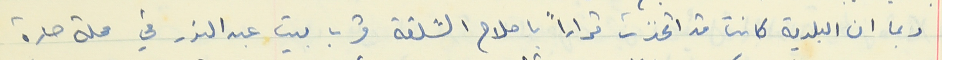
وبما ان البلدية كانت قد اتخذت قراراً باصلاح الشلقة قرب بيت عبد النور في محلة حارة